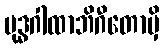
ဗုဒ္ဓဂါထာဘိဂီတောမှိ